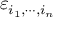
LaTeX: \varepsilon _ { i _ { 1 } , \cdots , i _ { n } }